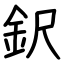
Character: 鈬